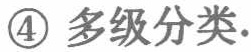
\textcircled{4} 多级分类.